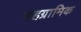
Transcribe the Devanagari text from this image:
महग्रामिक